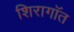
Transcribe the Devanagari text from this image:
शिरागॉत